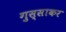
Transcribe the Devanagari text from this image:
गुस्साकर